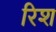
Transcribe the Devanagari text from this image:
रिश